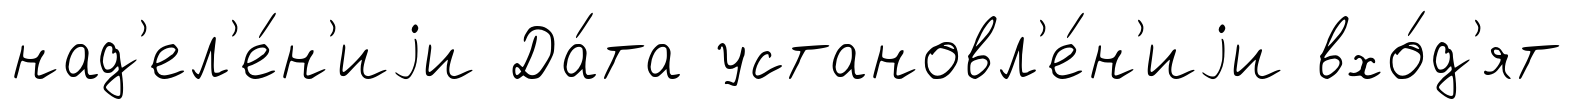
над'ел'е́н'иjи Да́та установл'е́н'иjи вхо́д'ят